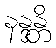
နန္ဒန္တိ